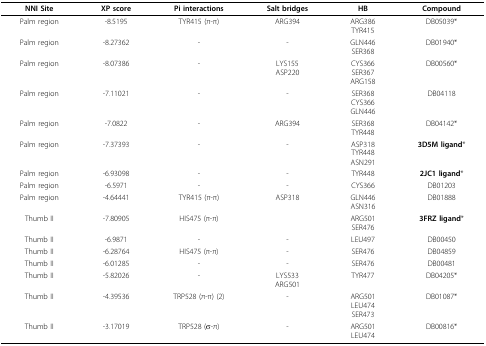
<table><thead><tr><td><b>NNI Site</b></td><td><b>XP score</b></td><td><b>Pi interactions</b></td><td><b>Salt bridges</b></td><td><b>HB</b></td><td><b>Compound</b></td></tr></thead><tbody><tr><td>Palm region</td><td>-8.5195</td><td>TYR415 (π-π)</td><td>ARG394</td><td>ARG386TYR415</td><td>DB05039*</td></tr><tr><td>Palm region</td><td>-8.27362</td><td>-</td><td>-</td><td>GLN446SER368</td><td>DB01940*</td></tr><tr><td>Palm region</td><td>-8.07386</td><td>-</td><td>LYS155ASP220</td><td>CYS366SER367ARG158</td><td>DB00560*</td></tr><tr><td>Palm region</td><td>-7.11021</td><td>-</td><td>-</td><td>SER368CYS366GLN446</td><td>DB04118</td></tr><tr><td>Palm region</td><td>-7.0822</td><td>-</td><td>ARG394</td><td>SER368TYR448</td><td>DB04142*</td></tr><tr><td>Palm region</td><td>-7.37393</td><td>-</td><td>-</td><td>ASP318TYR448ASN291</td><td><b>3D5M ligand</b>*</td></tr><tr><td>Palm region</td><td>-6.93098</td><td>-</td><td>-</td><td>TYR448</td><td><b>2JC1 ligand</b>*</td></tr><tr><td>Palm region</td><td>-6.5971</td><td>-</td><td>-</td><td>CYS366</td><td>DB01203</td></tr><tr><td>Palm region</td><td>-4.64441</td><td>TYR415 (π-π)</td><td>ASP318</td><td>GLN446ASN316</td><td>DB01888</td></tr><tr><td>Thumb II</td><td>-7.80905</td><td>HIS475 (π-π)</td><td></td><td>ARG501SER476</td><td><b>3FRZ ligand</b>*</td></tr><tr><td>Thumb II</td><td>-6.9871</td><td>-</td><td>-</td><td>LEU497</td><td>DB00450</td></tr><tr><td>Thumb II</td><td>-6.28764</td><td>HIS475 (π-π)</td><td>-</td><td>SER476</td><td>DB04859</td></tr><tr><td>Thumb II</td><td>-6.01285</td><td>-</td><td>-</td><td>SER476</td><td>DB00481</td></tr><tr><td>Thumb II</td><td>-5.82026</td><td>-</td><td>LYS533ARG501</td><td>TYR477</td><td>DB04205*</td></tr><tr><td>Thumb II</td><td>-4.39536</td><td>TRP528 (π-π) (2)</td><td>-</td><td>ARG501LEU474SER473</td><td>DB01087*</td></tr><tr><td>Thumb II</td><td>-3.17019</td><td>TRP528 (σ-π)</td><td>-</td><td>ARG501LEU474</td><td>DB00816*</td></tr></tbody></table>